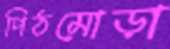
পিঠমোড়া